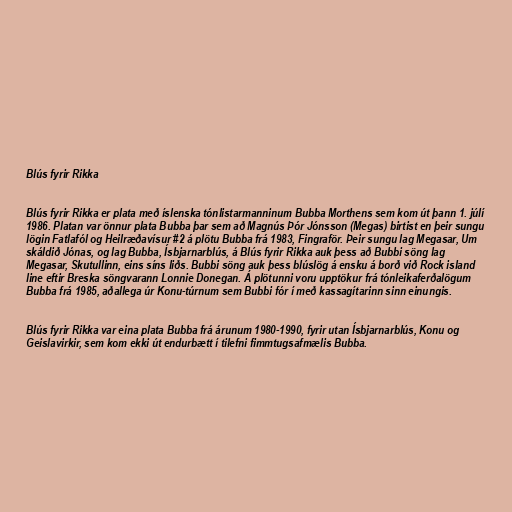
Blús fyrir Rikka

Blús fyrir Rikka er plata með íslenska tónlistarmanninum Bubba Morthens sem kom út þann 1. júlí
1986. Platan var önnur plata Bubba þar sem að Magnús Þór Jónsson (Megas) birtist en þeir sungu
lögin Fatlafól og Heilræðavísur #2 á plötu Bubba frá 1983, Fingraför. Þeir sungu lag Megasar, Um
skáldið Jónas, og lag Bubba, Ísbjarnarblús, á Blús fyrir Rikka auk þess að Bubbi söng lag
Megasar, Skutullinn, eins síns liðs. Bubbi söng auk þess blúslög á ensku á borð við Rock island
line eftir Breska söngvarann Lonnie Donegan. Á plötunni voru upptökur frá tónleikaferðalögum
Bubba frá 1985, aðallega úr Konu-túrnum sem Bubbi fór í með kassagítarinn sinn einungis.

Blús fyrir Rikka var eina plata Bubba frá árunum 1980-1990, fyrir utan Ísbjarnarblús, Konu og
Geislavirkir, sem kom ekki út endurbætt í tilefni fimmtugsafmælis Bubba.